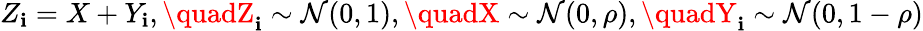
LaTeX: Z_{\mathbf{i}}=X+Y_{\mathbf{i}},\quadZ_{\mathbf{i}}\sim\mathcal{{N}}(0,1),\quadX\sim\mathcal{{N}}(0,\rho),\quadY_{\mathbf{i}}\sim\mathcal{{N}}(0,1-\rho)